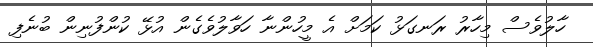
ހާލުވެސް މިހާރު ރަނގަޅު ކަމަށް އެ މީހުންނާ ހަވާލުވެގެން އުޅޭ ކުންފުނިން ބުނެފި